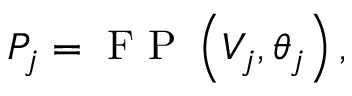
P _ { j } = \mathrm { ~ F ~ P ~ } \left( V _ { j } , \theta _ { j } \right) ,